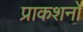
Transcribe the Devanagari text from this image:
प्राकशनों